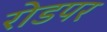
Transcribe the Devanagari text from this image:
रोडपर